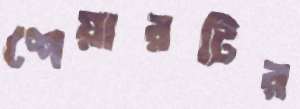
শেয়ারটির